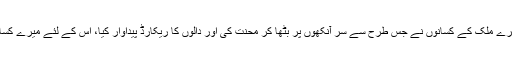
میری ایک گزارش کو، میری ایک التجا کو، میرے ملک کے کسانوں نے جس طرح سے سر آنکھوں پر بٹھا کر محنت کی اور دالوں کا ریکارڈ پیداوار کیا، اس کے لئے میرے کسان بھائی بہن خصوصی شکریہ کے مستحق ہیں۔